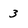
Character: 3